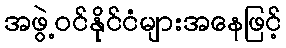
အဖွဲ့ဝင်နိုင်ငံများအနေဖြင့်